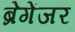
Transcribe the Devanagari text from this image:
ब्रेगेंजर